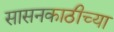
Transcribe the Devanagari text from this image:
सासनकाठीच्या